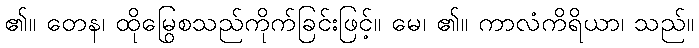
၏။ တေန၊ ထိုမြွေစသည်ကိုက်ခြင်းဖြင့်။ မေ၊ ၏။ ကာလံကိရိယာ၊ သည်။